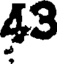
43